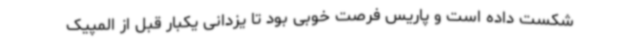
شکست داده است و پاریس فرصت خوبی بود تا یزدانی یکبار قبل از المپیک